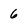
Character: 6